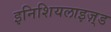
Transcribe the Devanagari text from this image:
इनिशियलाइज़्ड